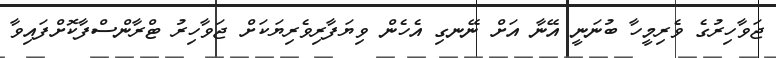
ޖަވާހިރުގެ ވެރިމީހާ ބުނަނީ އޭނާ އަށް ނޭނގި އެހެން ވިޔަފާރިވެރިޔަކަށް ޖަވާހިރު ޓްރާންސްފާކޮށްފައިވާ